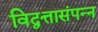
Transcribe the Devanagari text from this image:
विद्वत्तासंपन्न